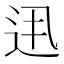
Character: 𨑽